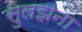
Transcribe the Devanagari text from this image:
सुलझना